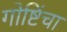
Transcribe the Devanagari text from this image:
गोष्टिंचा